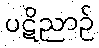
ပဋိညာဉ်